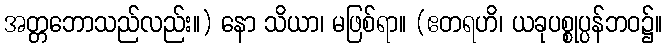
အတ္တဘောသည်လည်း။) နော သိယာ၊ မဖြစ်ရာ။ (ဧတရဟိ၊ ယခုပစ္စုပ္ပန်ဘဝ၌။